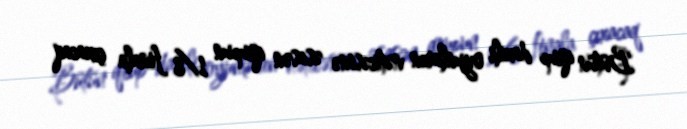
Bütün qrup daxili oyunların nəticəsinə əsasən qrupun 1/8 finala çıxacaq